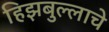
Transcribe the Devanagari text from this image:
हिझबुल्लाचे